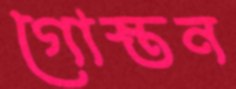
গোস্তন